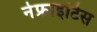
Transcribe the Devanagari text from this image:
नेफ्राइटिस